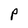
Character: P